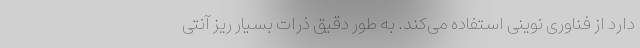
دارد از فناوری نوینی استفاده می‌کند. به طور دقیق ذرات بسیار ریز آنتی